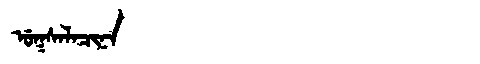
Manchu: ᡠᡴᠰᠠᠯᠠᠴᡳᠨᠠ
Romanization: UKSALACINA